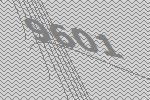
9601